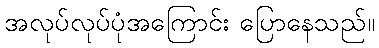
အလုပ်လုပ်ပုံအကြောင်း ပြောနေသည်။